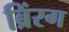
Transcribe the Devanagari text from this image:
ब्रिंरग